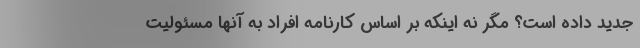
جدید داده است؟ مگر نه اینکه بر اساس کارنامه افراد به آنها مسئولیت